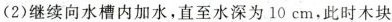
(2)继续向水槽内加水，直至水深为10cm，此时木块